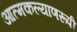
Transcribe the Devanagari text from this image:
आत्मकल्याणरूपी